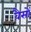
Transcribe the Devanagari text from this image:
वैसों